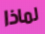
لماذا